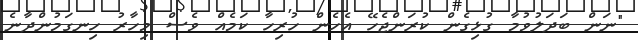
"ނަން ބަދަލުވުމާ ގުޅިގެން ކުރަންޖެހޭ އެހެން ހުރިހާ ކަމެއް ވެސް މިހާރު ހިނގަމުންދާނެ